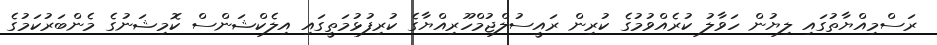
ރަސްމިއްޔާތުގައި ލިޔުން ހަވާލު ކުރެއްވުމުގެ ކުރިން ރައީސުލްޖުމްހޫރިއްޔާގެ ކުރިފުޅުމަތީގައި އިލެކްޝަންސް ކޮމިޝަނުގެ މެންބަރުކަމުގެ